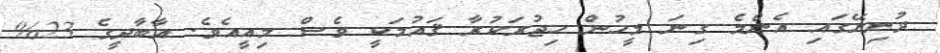
ދުނިޔޭގައި އެންމެ ގިނަ މީހުން ހިޖުރަކުރާ ޤައުމަކީ ވެސް މިއީއެވެ. އާބާދީގެ 23%